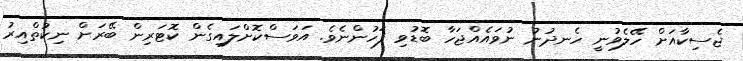
ޖެސިކާއަށް ހޭލެވުނީ ހެނދުނު ނުވައެއްޖަހާ ބޮޑުވި ފަހުންނެވެ. އަވަސްކޮށްލައިގެން ކޮޓަރިން ބޭރަށް ނިކުތްއިރު